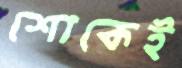
শোকেই